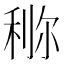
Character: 鿟